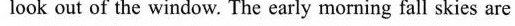
look out of the window. The early morning fall skies are